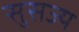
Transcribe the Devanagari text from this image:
सुसज्य